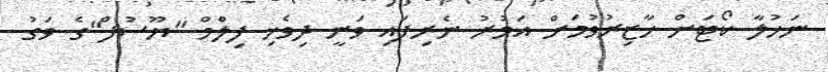
ނަހުލާ ކޯޓަށް ހާޒިރުވުމަށް އަމުރު ނެރިފައި ވަނީ ދިވެހި ފިލްމް "ޔޫސުފް"ގެ ވަގު